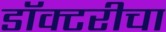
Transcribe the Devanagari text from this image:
डॉक्टरीचा